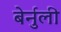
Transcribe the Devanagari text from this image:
बेर्नुली